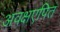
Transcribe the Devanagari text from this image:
अवक्षएपित